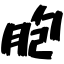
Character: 胞